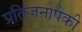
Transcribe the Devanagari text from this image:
प्रतिजनापैकी